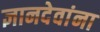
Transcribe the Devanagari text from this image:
ज्ञानदेवांना